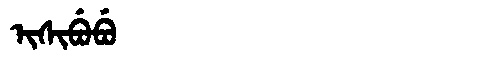
Manchu: ᡳᠰᡳᠪᡠᠪᡠ
Romanization: ISIBUBU